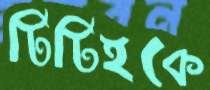
টিটিইকে